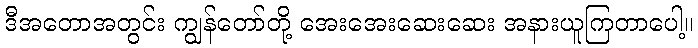
ဒီအတောအတွင်း ကျွန်တော်တို့ အေးအေးဆေးဆေး အနားယူကြတာပေါ့။